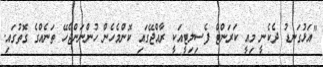
"އަޅުގަނޑު ދެކެނީ މިއީ ކަރަންޓް ފެސިލިޓީއަކީ ރާއްޖޭގައި ކޮންމެހެން ހުންނަންޖެހޭ ތަނެއްގެ ގޮތުގައި.